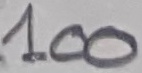
Text: 100